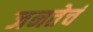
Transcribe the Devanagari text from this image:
जनतेचं